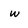
Character: w